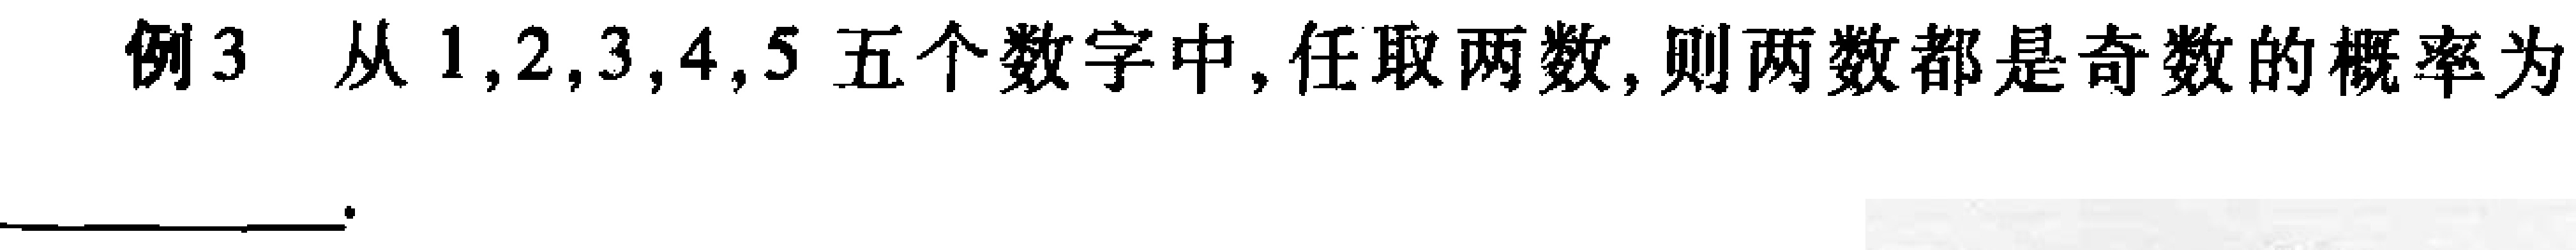
例3 从 \(1,2,3,4,5\) 五个数字中,任取两数,则两数都是奇数的概率为 \(\underline{\qquad\qquad}\)。